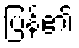
ပြန်၏